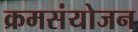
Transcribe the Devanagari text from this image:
क्रमसंयोजन